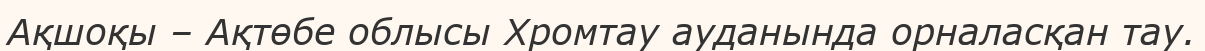
Ақшоқы – Ақтөбе облысы Хромтау ауданында орналасқан тау.